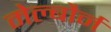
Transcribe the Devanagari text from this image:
मेल्बौर्न